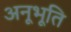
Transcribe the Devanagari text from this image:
अनूभूति